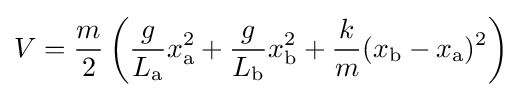
V={\frac {m}{2}}\left({\frac {g}{L_{\text{a}}}}x_{\text{a}}^{2}+{\frac {g}{L_{\text{b}}}}x_{\text{b}}^{2}+{\frac {k}{m}}(x_{\text{b}}-x_{\text{a}})^{2}\right)